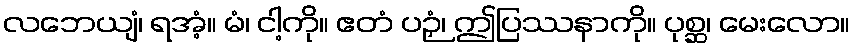
လဘေယျံ၊ ရအံ့။ မံ၊ ငါ့ကို။ ဧတံ ပဉှံ၊ ဤပြဿနာကို။ ပုစ္ဆ၊ မေးလော။